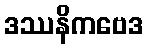
ဒဿနိကဗေဒ